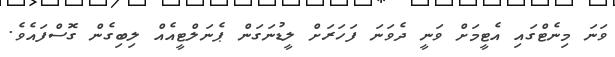
ވަނަ މިނެޓްގައި އެޓީމަށް ވަނީ ދެވަނަ ފަހަރަށް ލީޑުނަގަން ޕެނަލްޓީއެއް ލިބިގެން ގޮސްފައެވެ.